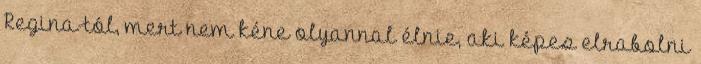
Regina-tól, mert nem kéne olyannal élnie, aki képes elrabolni